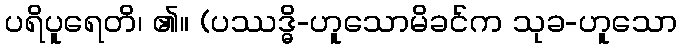
ပရိပူရေတိ၊ ၏။ (ပဿဒ္ဓိ-ဟူသောမိခင်က သုခ-ဟူသော